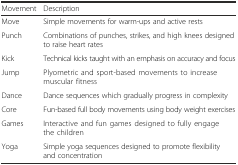
<table><thead><tr><td><b>Movement</b></td><td><b>Description</b></td></tr></thead><tbody><tr><td>Move</td><td>Simple movements for warm-ups and active rests</td></tr><tr><td>Punch</td><td>Combinations of punches, strikes, and high knees designed to raise heart rates</td></tr><tr><td>Kick</td><td>Technical kicks taught with an emphasis on accuracy and focus</td></tr><tr><td>Jump</td><td>Plyometric and sport-based movements to increase muscular fitness</td></tr><tr><td>Dance</td><td>Dance sequences which gradually progress in complexity</td></tr><tr><td>Core</td><td>Fun-based full body movements using body weight exercises</td></tr><tr><td>Games</td><td>Interactive and fun games designed to fully engage the children</td></tr><tr><td>Yoga</td><td>Simple yoga sequences designed to promote flexibility and concentration</td></tr></tbody></table>